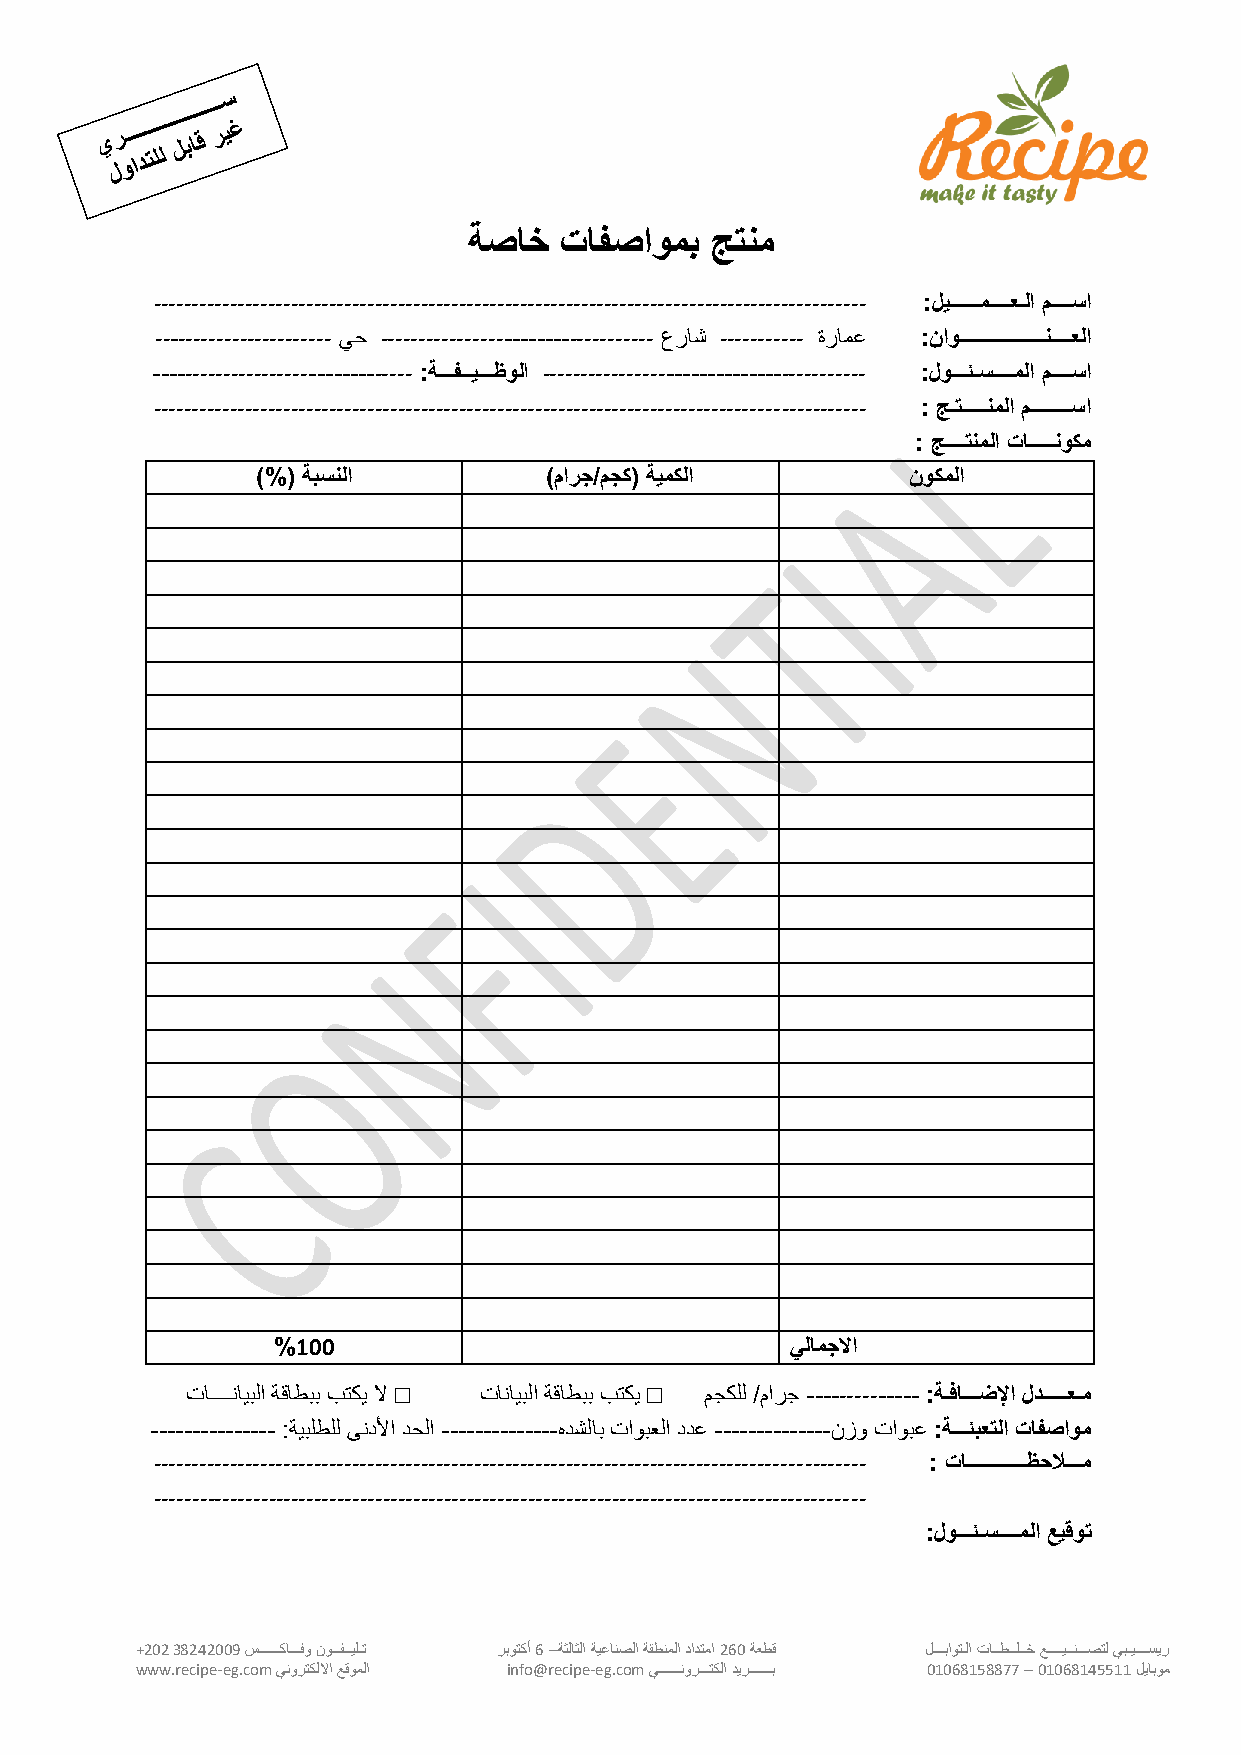
ةصا     افصاو   جتل
 --------------------------------------------------------------------------------------------- :ليرررررر ر رررعرلا مررررسا
 ----------------------- يح ----------------------------------- عراش ----------- ةرامع :ناورررررررررررررررررلررررعلا
 --------------------------------- :ةرررفرريرررظولا ----------------------------------------- : لورررئرسر ررر لا مررررسا
 --------------------------------------------------------------------------------------------- : ج رترررررل لا مررررررررسا
 : جررررتل لا ارررررلو
 )%( ة سللا         )مارج/مج ( ةي لا        نو لا
 % 100                              لا جلاا
 تاــــنايبلا ةقاطبب بتكي لا □ تانايبلا ةقاطبب بتكي □ مجكلل مارج -------------- :ةرفارررضلإا لدرررررعر
 ------ --------- :ةيبلطلل ىندلأا دحلا --------- -----هدشلاب تاوبعلا ددع --------------نزو تاوبع :ةرررئ عتلا افصاو
 --------------------------------------------------------------------------------------------- : اررررررررررررظحلاررر
 ---------------------------------------------------------------------------------------------
 : لورررئرسرررر لا ايقوت
 +202 38242009 ســــــكاـــفو نوــفــيلـت ربوتكأ 6 –ةثلاثلا ةيعانصلا ةقطنملا دادتما 260 ةعطق ل ـــباوتـلا تاــطــلــخ عــــيــنـــصتل يبـيــــسير
 www.recipe-eg.com ينورتكللاا عقوملا info@recipe-eg.com يــــــنورـــتكلا ديرــــــب 01068158877 – 01068145511 ليابوم